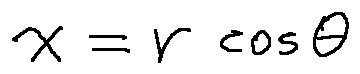
x = r \cos \theta